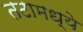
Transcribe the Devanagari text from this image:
तटामध्ये